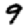
Digit: 9